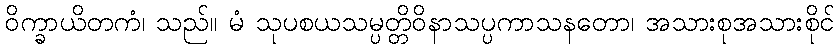
ဝိက္ခာယိတကံ၊ သည်။ မံ သုပစယသမ္ပတ္တိဝိနာသပ္ပကာသနတော၊ အသားစုအသားစိုင်